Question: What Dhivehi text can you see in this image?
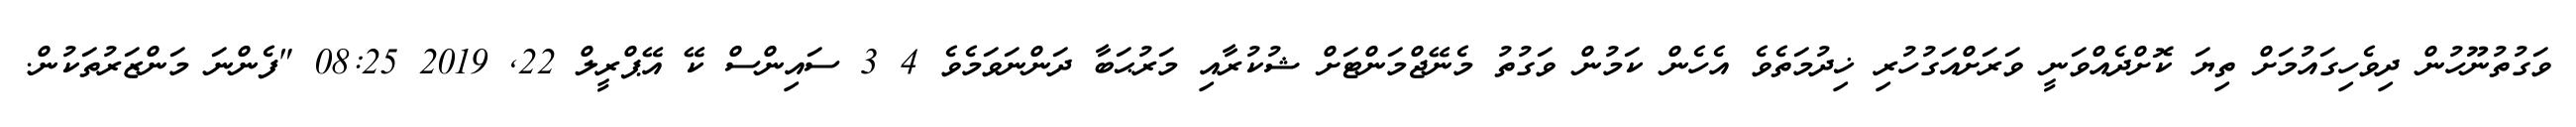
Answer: ވަގުތުނޫހުން ދިވެހިގައުމަށް ތިޔަ ކޮށްދެއްވަނީ ވަރަށްއަގުހުރި ޚިދުމަތެވެ އެހެން ކަމުން ވަގުތު މެނޭޖްމަންޓަށް ޝުކުރާއި މަރުޙަބާ ދަންނަވަމެވެ 4 3 ސައިންސް ކޭ އޭޕްރީލް 22, 2019 08:25 "ފެންނަ މަންޒަރުތަކުން.